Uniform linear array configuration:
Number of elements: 16
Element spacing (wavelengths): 0.25
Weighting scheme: binomial
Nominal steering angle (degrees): -15
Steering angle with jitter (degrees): -13.127
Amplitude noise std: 0.05
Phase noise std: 0.05

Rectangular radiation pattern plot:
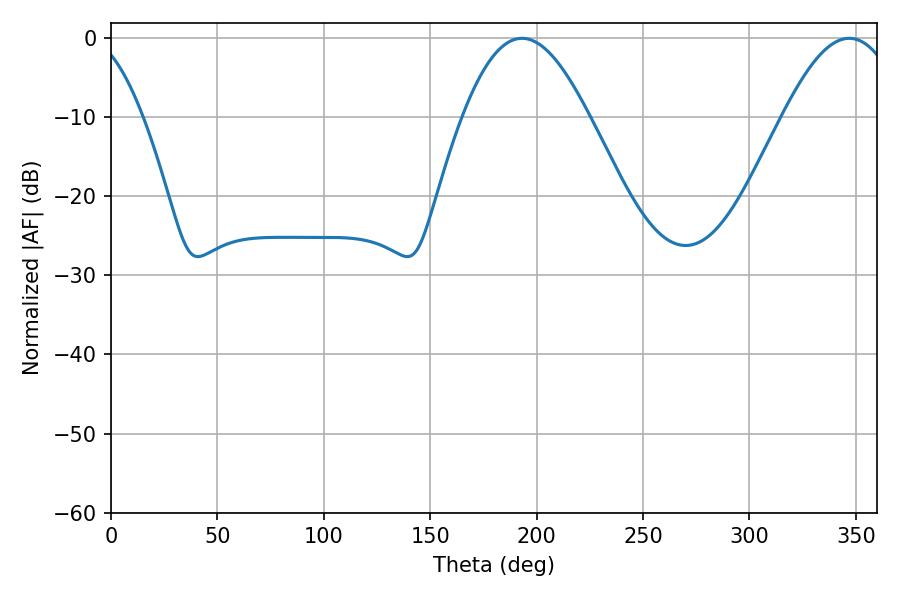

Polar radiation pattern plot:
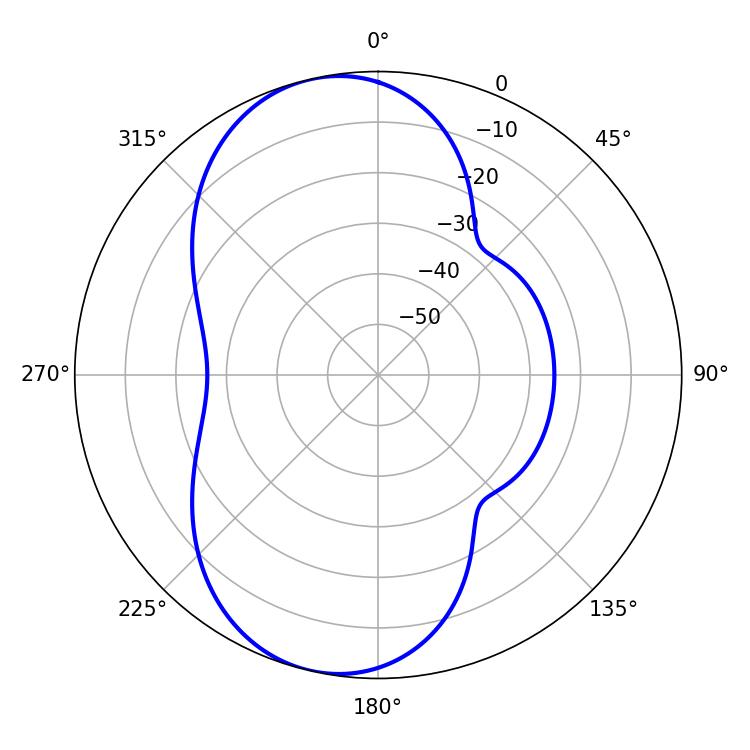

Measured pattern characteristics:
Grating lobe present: FALSE
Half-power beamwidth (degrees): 32.04
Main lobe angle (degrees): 193.14